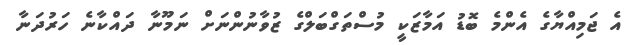
އެ ޖަމިއްޔާގެ އެންމެ ބޮޑު އަމާޒަކީ މުސްތަގްބަލްގެ ޒުވާނުންނަށް ނަމޫނާ ދައްކާނެ ހަރުދަނާ